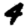
Digit: 4